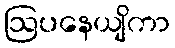
ဩပနေယျိကာ